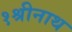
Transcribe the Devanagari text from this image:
१श्रीनाथ